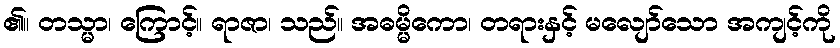
၏။ တသ္မာ၊ ကြောင့်။ ရာဇာ၊ သည်။ အဓမ္မိကော၊ တရားနှင့် မလျော်သော အကျင့်ကို